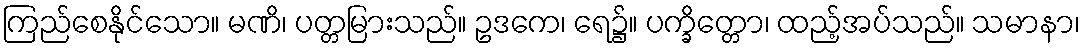
ကြည်စေနိုင်သော။ မဏိ၊ ပတ္တမြားသည်။ ဥဒကေ၊ ရေ၌။ ပက္ခိတ္တော၊ ထည့်အပ်သည်။ သမာနာ၊